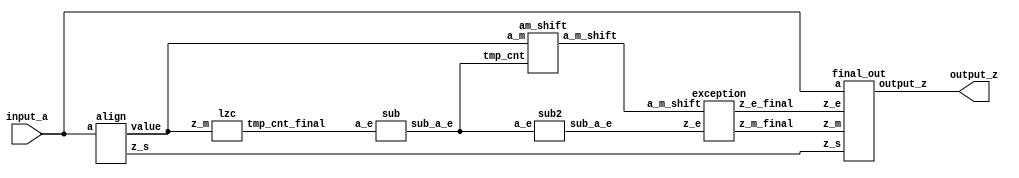
`define SIMULATION_MEMORY
//`define SIMULATION_addfp
`define VECTOR_DEPTH 64 //Q,K,V vector size
`define DATA_WIDTH 16
`define VECTOR_BITS 1024 // 16 bit each (16x64)
`define NUM_WORDS 32   //num of words in the sentence
`define BUF_AWIDTH 4 //16 entries in each buffer ram
`define BUF_LOC_SIZE 4 //4 words in each addr location
`define OUT_RAM_DEPTH 512 //512 entries in output bram
//`define EXPONENT 8
//`define MANTISSA 7
`define EXPONENT 5
`define MANTISSA 10
`define SIGN 1
`define DWIDTH (`SIGN+`EXPONENT+`MANTISSA)
`define DEFINES_DONE
`define DATAWIDTH (`SIGN+`EXPONENT+`MANTISSA)
`define IEEE_COMPLIANCE 1
`define NUM 4
`define ADDRSIZE 4

module int_to_float_fp16(
        input_a,
        output_z);


  input     [15:0] input_a;
  output    [15:0] output_z;

  
  wire [15:0] value;
  wire z_s;
  wire [4:0] tmp_cnt;
  wire [4:0] sub_a_e;
  wire [4:0] sub_z_e;
  wire [15:0] a_m_shift;
  wire [10:0] z_m_final;
  wire [4:0] z_e_final;
  //wire [31:0] z;
  
  align dut_align (input_a,value,z_s);
  lzc dut_lzc (value,tmp_cnt);
  sub dut_sub (tmp_cnt,sub_a_e);
  sub2 dut_sub2 (sub_a_e,sub_z_e);
  am_shift dut_am_shift (value,sub_a_e,a_m_shift);
  exception dut_exception (a_m_shift,sub_z_e,z_m_final,z_e_final);
  final_out dut_final_out (input_a,z_m_final,z_e_final,z_s,output_z);

  
endmodule
module final_out (
  input [15:0] a,
  input [10:0] z_m,
  input [4:0] z_e,
  input z_s,
  output reg [15:0] output_z);

  always@(a or z_m or z_e or z_s) begin
    if (a == 16'b0) begin
		output_z = 16'b0;
	end
	else begin
      output_z[9:0] = z_m[9:0];
      output_z[14:10] = z_e + 8'd3;
      output_z[15] = z_s;
	end
  end

endmodule
module exception (
  input [15:0] a_m_shift,
  input [4:0] z_e,
  output reg [10:0] z_m_final,
  output reg [4:0] z_e_final
);

wire guard;
wire round_bit;
wire sticky;
  wire [10:0] z_m;

  assign guard = a_m_shift[4];
  assign round_bit = a_m_shift[3];
  assign sticky = a_m_shift[2:0] != 0;

  assign z_m = a_m_shift[15:5];

always@(guard or round_bit or sticky or z_m or z_e)
begin
if (guard && (round_bit || sticky || z_m[0])) begin
    z_m_final = z_m + 1;
   if (z_m == 11'b11111111111) begin
            z_e_final = z_e + 1;
          end
		  else z_e_final = z_e;
          end
else begin 
  z_m_final = z_m;
  z_e_final = z_e;
end
end
endmodule
module am_shift (
  input [15:0] a_m,
  input [4:0] tmp_cnt,
  output [15:0] a_m_shift);

assign a_m_shift = a_m << tmp_cnt;  
endmodule
module sub2 (
  input [4:0] a_e,
  output [4:0] sub_a_e);

assign sub_a_e = 15 - a_e;

endmodule
module sub (
  input [4:0] a_e,
  output [4:0] sub_a_e);

assign sub_a_e = a_e;

endmodule
module lzc (
  input [15:0] z_m,
  output reg [4:0] tmp_cnt_final);

  wire [15:0] Sj_int;
  //wire [15:0] val32;
wire [7:0] val8;
wire [3:0] val4;
  wire [4:0] tmp_cnt;

assign Sj_int = z_m;
  
assign    tmp_cnt[4] = 1'b0;
assign    tmp_cnt[3] = (Sj_int[15:8] == 8'b0);
assign    val8 = tmp_cnt[3] ? Sj_int[7:0] : Sj_int[15:8];
assign    tmp_cnt[2] = (val8[7:4] == 4'b0);
assign    val4 = tmp_cnt[2] ? val8[3:0] : val8[7:4];
assign    tmp_cnt[1] = (val4[3:2] == 2'b0);
assign    tmp_cnt[0] = tmp_cnt[1] ? ~val4[1] : ~val4[3];

always@(Sj_int or tmp_cnt)
begin
  if (Sj_int[15:0] == 16'b0)
   tmp_cnt_final = 5'd16;
else
   begin
   tmp_cnt_final = tmp_cnt;
end
end
endmodule
module align (
  input [15:0] a,
  output [15:0] value,
output z_s);


  assign value = a[15] ? -a : a;
  assign z_s = a[15];

endmodule